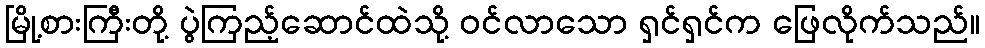
မြို့စားကြီးတို့ ပွဲကြည့်ဆောင်ထဲသို့ ဝင်လာသော ရှင်ရှင်က ဖြေလိုက်သည်။